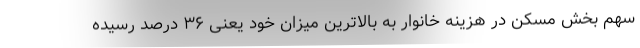
سهم بخش مسکن در هزینه خانوار به بالاترین میزان خود یعنی ۳۶ درصد رسیده